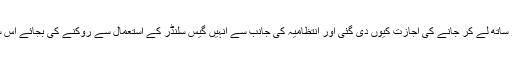
سوال یہ ہے کہ اس گروہ کو گیس سلنڈر ساتھ لے کر جانے کی اجازت کیوں دی گئی اور انتظامیہ کی جانب سے انہیں گیس سلنڈر کے استعمال سے روکنے کی بجائے اس سلنڈر کو اپنی تحویل میں کیوں نہ لیا گیا۔